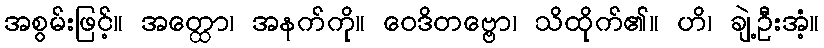
အစွမ်းဖြင့်။ အတ္ထော၊ အနက်ကို။ ဝေဒိတဗ္ဗော၊ သိထိုက်၏။ ဟိ၊ ချဲ့ဦးအံ့။